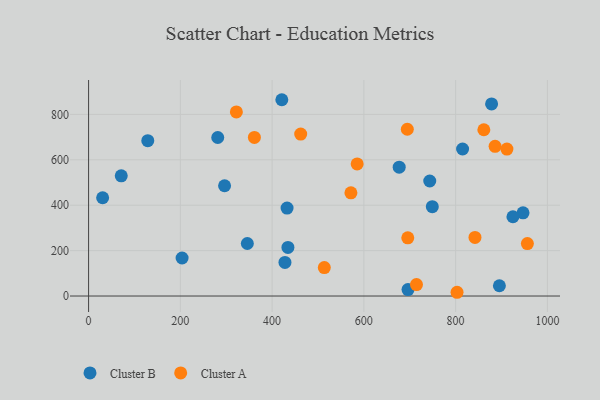
{"axis": {"x": "Distance", "y": "Demand"}, "legend": ["Cluster A", "Cluster B"], "data": [{"x": "434.5", "y": 214.0, "type": "Cluster B"}, {"x": "346.0", "y": 231.3, "type": "Cluster B"}, {"x": "30.6", "y": 432.9, "type": "Cluster B"}, {"x": "946.9", "y": 366.4, "type": "Cluster B"}, {"x": "749.2", "y": 393.4, "type": "Cluster B"}, {"x": "281.5", "y": 698.2, "type": "Cluster B"}, {"x": "743.6", "y": 506.7, "type": "Cluster B"}, {"x": "296.4", "y": 485.7, "type": "Cluster B"}, {"x": "203.8", "y": 167.5, "type": "Cluster B"}, {"x": "432.6", "y": 387.3, "type": "Cluster B"}, {"x": "421.2", "y": 864.6, "type": "Cluster B"}, {"x": "696.2", "y": 28.6, "type": "Cluster B"}, {"x": "428.0", "y": 148.0, "type": "Cluster B"}, {"x": "895.4", "y": 45.3, "type": "Cluster B"}, {"x": "71.2", "y": 529.5, "type": "Cluster B"}, {"x": "129.0", "y": 684.3, "type": "Cluster B"}, {"x": "924.9", "y": 349.1, "type": "Cluster B"}, {"x": "815.2", "y": 647.5, "type": "Cluster B"}, {"x": "677.0", "y": 567.6, "type": "Cluster B"}, {"x": "878.4", "y": 846.0, "type": "Cluster B"}, {"x": "695.7", "y": 256.5, "type": "Cluster A"}, {"x": "803.1", "y": 16.5, "type": "Cluster A"}, {"x": "694.7", "y": 734.5, "type": "Cluster A"}, {"x": "571.8", "y": 454.7, "type": "Cluster A"}, {"x": "714.7", "y": 50.5, "type": "Cluster A"}, {"x": "513.8", "y": 125.2, "type": "Cluster A"}, {"x": "886.0", "y": 659.2, "type": "Cluster A"}, {"x": "361.4", "y": 698.5, "type": "Cluster A"}, {"x": "322.1", "y": 810.9, "type": "Cluster A"}, {"x": "585.4", "y": 581.8, "type": "Cluster A"}, {"x": "861.5", "y": 732.3, "type": "Cluster A"}, {"x": "911.8", "y": 647.2, "type": "Cluster A"}, {"x": "956.4", "y": 231.0, "type": "Cluster A"}, {"x": "842.2", "y": 258.2, "type": "Cluster A"}, {"x": "462.3", "y": 713.2, "type": "Cluster A"}]}